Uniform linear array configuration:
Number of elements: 4
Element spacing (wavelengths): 0.5
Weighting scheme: exponential
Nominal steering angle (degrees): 30
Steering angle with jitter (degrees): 31.935
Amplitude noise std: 0.05
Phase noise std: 0.05

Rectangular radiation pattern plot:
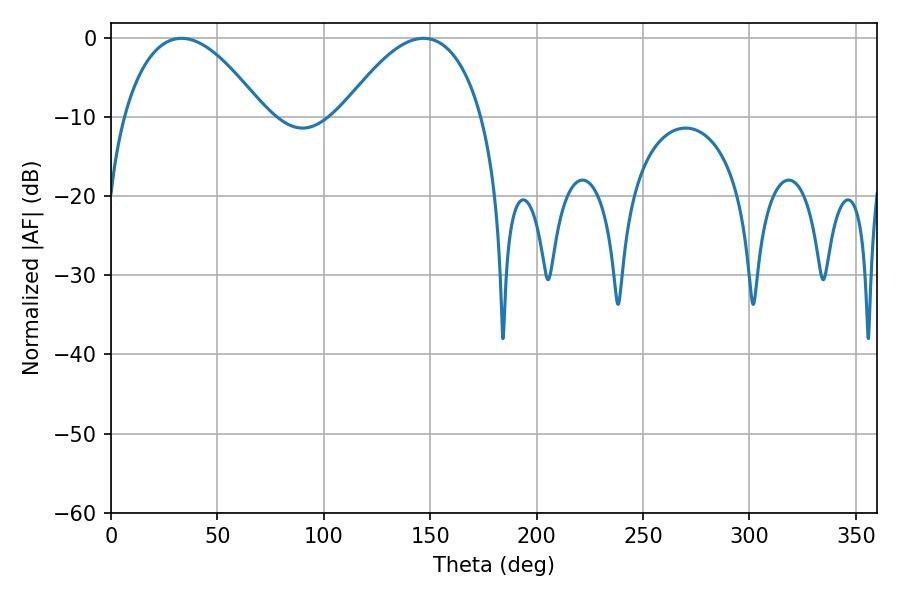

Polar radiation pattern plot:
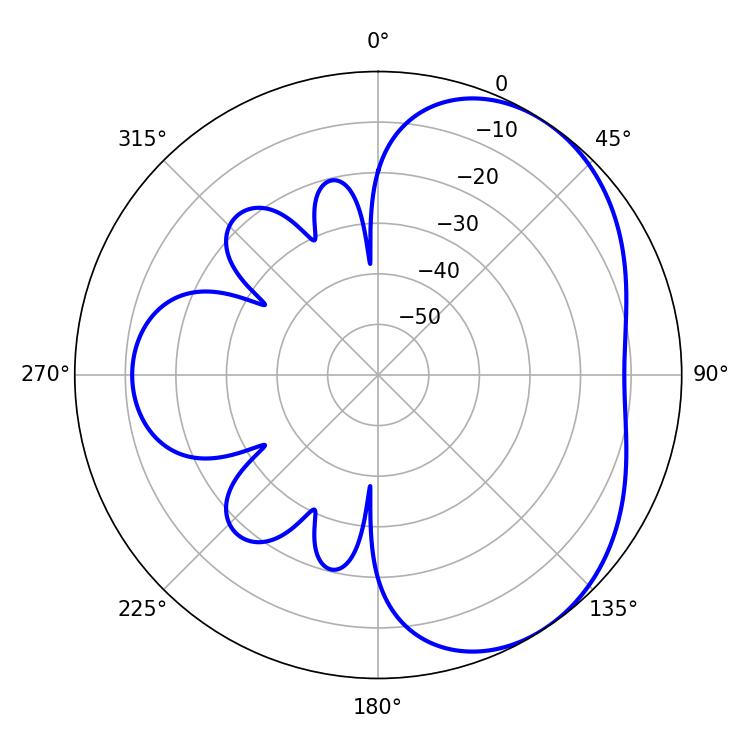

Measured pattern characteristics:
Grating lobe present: FALSE
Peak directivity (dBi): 4.094
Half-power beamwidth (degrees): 36.54
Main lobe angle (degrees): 33.12